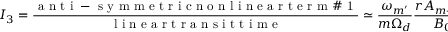
I _ { 3 } = \frac { \mathrm { ~ a ~ n ~ t ~ i ~ - ~ s ~ y ~ m ~ m ~ e ~ t ~ r ~ i ~ c ~ n ~ o ~ n ~ l ~ i ~ n ~ e ~ a ~ r ~ t ~ e ~ r ~ m ~ \# ~ 1 ~ } } { \mathrm { ~ l ~ i ~ n ~ e ~ a ~ r ~ t ~ r ~ a ~ n ~ s ~ i ~ t ~ t ~ i ~ m ~ e ~ } } \simeq \frac { \omega _ { m ^ { \prime } } } { m \Omega _ { d } } \frac { r A _ { m - m ^ { \prime } } } { B _ { 0 } } \frac { \delta f _ { m ^ { \prime } } } { { \delta f _ { m } } } \simeq 1 ,